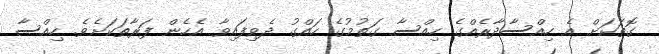
ގޮތަކަށް އެ ހިއްސާދާރެއްގެ ހިއްސާ ގަތުމުގެ ހައްގު ދެވިފައިވާ އެހެން ފަރާތަކަށެވެ. ހިއްސާ